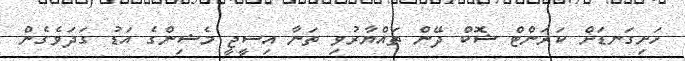
ހަށިގަނޑަށް ކަރަންޓް ޝޮކް ދޭން ތައްޔާރުވި ތަނާ އިސީޖީ މެޝިންގެ އަޑު ގަދަވެގެން